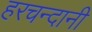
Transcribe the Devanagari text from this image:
हरचन्दानी